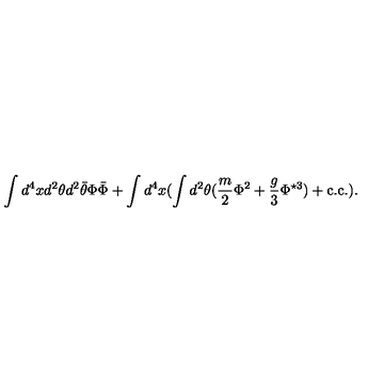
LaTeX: \int d ^ { 4 } x d ^ { 2 } \theta d ^ { 2 } \bar { \theta } \Phi \bar { \Phi } + \int d ^ { 4 } x ( \int d ^ { 2 } \theta ( \frac { m } { 2 } \Phi ^ { 2 } + \frac { g } { 3 } \Phi ^ { \star 3 } ) + \mathrm { c . c . } ) .